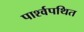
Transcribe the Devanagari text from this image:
पार्श्वपथित